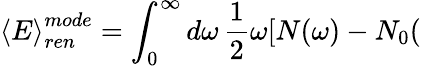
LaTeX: \left<E\right>_{ren}^{mode}=\int_{0}^{\infty}d\omega\, \frac{1}{2}\omega[N(\omega)-N_{0}(